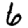
Digit: 6